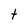
Character: t